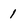
Character: 1